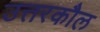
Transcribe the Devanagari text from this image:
उत्तरकौल